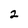
Character: 2